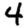
Digit: 4